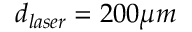
d _ { l a s e r } = 2 0 0 \mu m